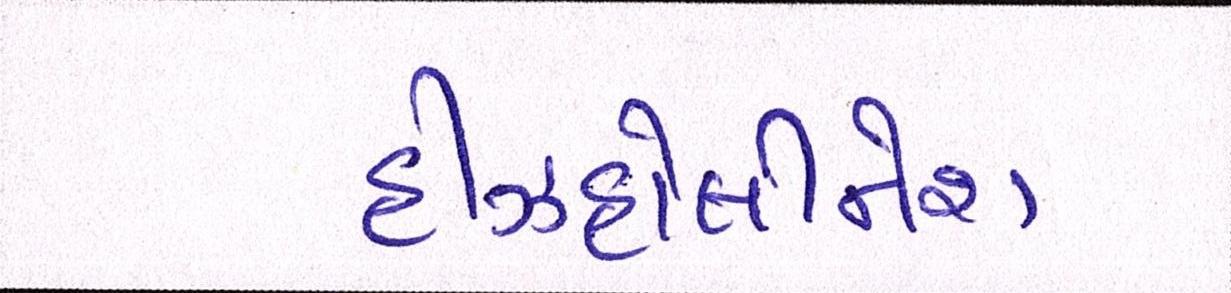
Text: હીઝહોલીનેશ